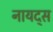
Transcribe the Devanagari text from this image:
नायद्स